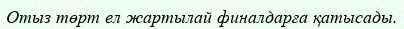
Отыз төрт ел жартылай финалдарға қатысады.